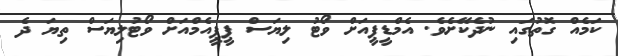
ކަމެއް ގޮތުގައި ނުދެކޭށެވެ. އެމްޑީޕީއަށް ވޯޓު ލިޔަސް ޕީޕީއެމްއަށް ވޯޓުލިޔަސް ތިޔަ ދެ